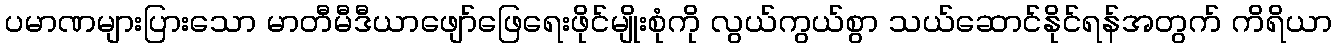
ပမာဏများပြားသော မာတီမီဒီယာဖျော်ဖြေရေးဖိုင်မျိုးစုံကို လွယ်ကွယ်စွာ သယ်ဆောင်နိုင်ရန်အတွက် ကိရိယာ